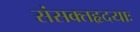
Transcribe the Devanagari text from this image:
संसक्तहृदयाः